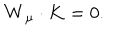
LaTeX: { \bf W } _ { \mu } \cdot { \bf K } = 0 .